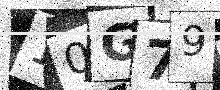
Text: 10G79D